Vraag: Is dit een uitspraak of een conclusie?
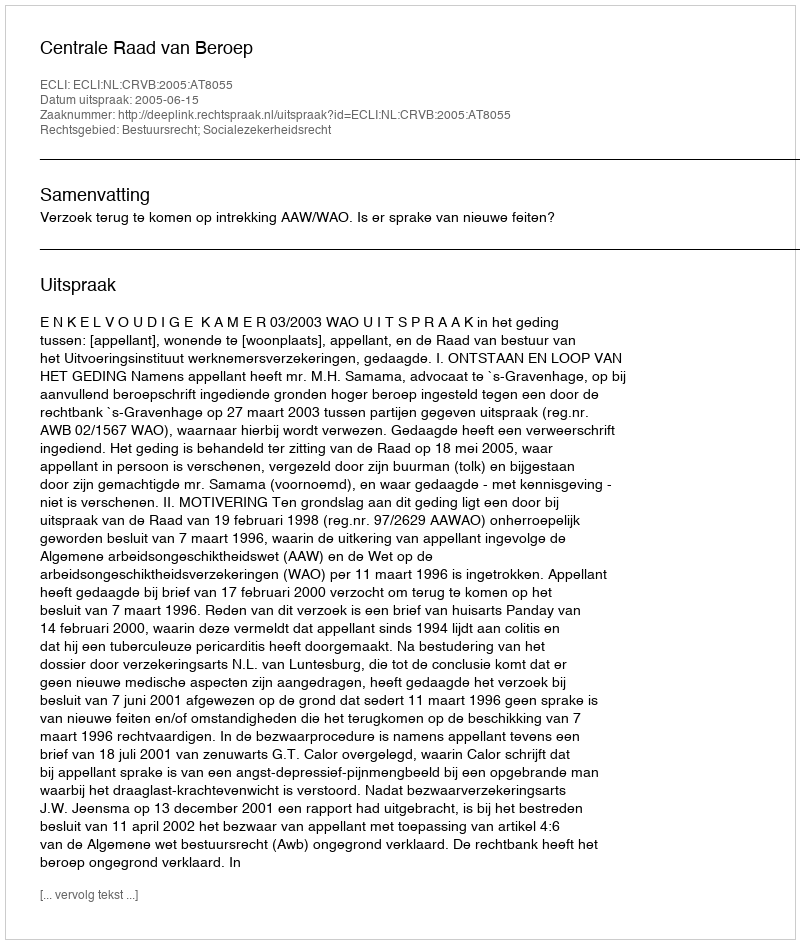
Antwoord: Uitspraak